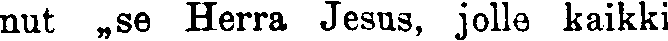
nut ,,se Herra Jesus, jolle kaikki